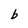
Character: b